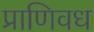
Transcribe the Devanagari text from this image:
प्राणिवध